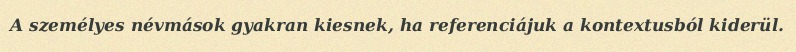
A személyes névmások gyakran kiesnek, ha referenciájuk a kontextusból kiderül.